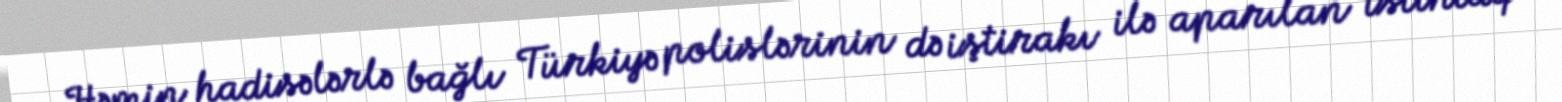
Həmin hadisələrlə bağlı Türkiyə polislərinin də iştirakı ilə aparılan istintaq